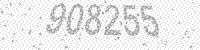
Solution: 908255